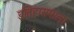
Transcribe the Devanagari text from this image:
इतिहासमाला